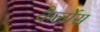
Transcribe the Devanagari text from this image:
कैर्लोस